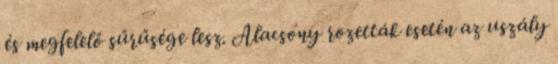
és megfelelő sűrűsége lesz. Alacsony rozetták esetén az uszály